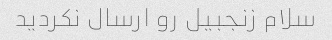
سلام زنجبیل رو ارسال نکردید